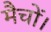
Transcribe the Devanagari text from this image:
मैचों।